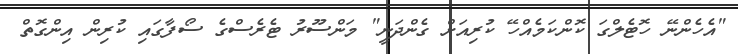
"އެހެންނޭ ހޮޓެލްގަ ކޮންކަމެއްހޭ ކުރިއަށް ގެންދަނީ" މަންސޫރު ޓެރެސްގެ ސޯފާގައި ކުރިން އިންގޮތް